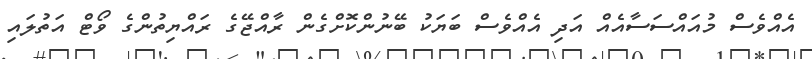
އެއްވެސް މުއައްސަސާއެއް އަދި އެއްވެސް ބަޔަކު ބޭނުންކޮށްގެން ރާއްޖޭގެ ރައްޔިތުންގެ ވޯޓް އަތުލައި